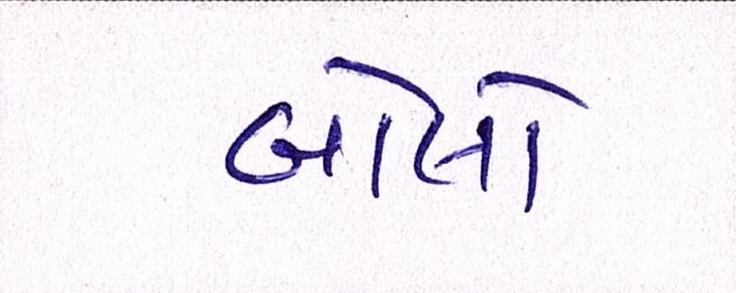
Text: બોલો